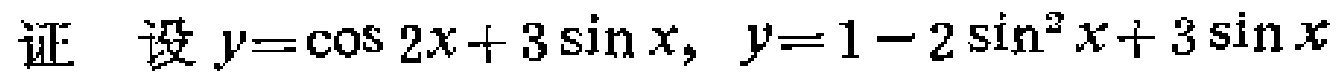
证 设$y = \cos 2x + 3\sin x,~y = 1 - 2\sin^{2}x + 3\sin x$